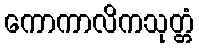
ကောကာလိကသုတ္တံ